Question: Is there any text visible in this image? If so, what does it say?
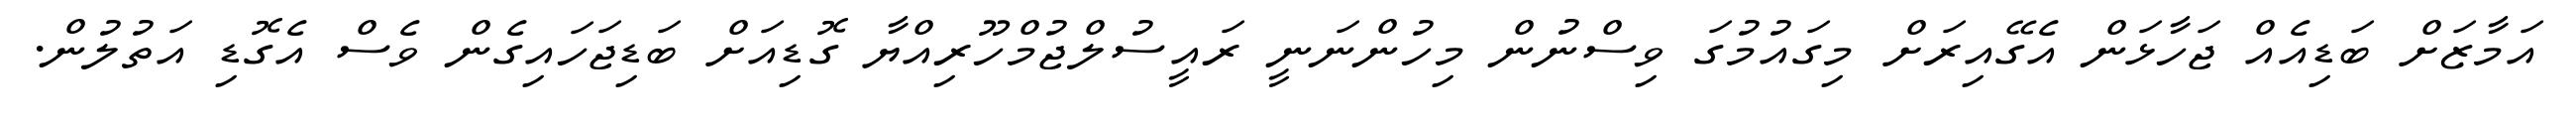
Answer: އަމާޒަށް ބަޑިއެއް ޖަހާޅަން އެގޭއިރަށް މިގައުމުގަ ވިސްނުން މިހުންނަނީ ރައީސުލްޖުމްހޫރިއްޔާ ގޮޑިއަށް ބަޑިޖަހައިގެން ވެސް އެގޮޑި އަތުލުން.